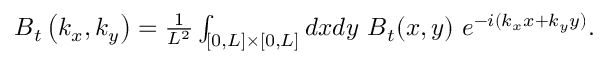
\begin{array} { r } { \boldsymbol { B } _ { t } \left( k _ { x } , k _ { y } \right) = \frac { 1 } { L ^ { 2 } } \int _ { [ 0 , L ] \times [ 0 , L ] } d x d y \ \boldsymbol { B } _ { t } ( x , y ) \ e ^ { - i ( k _ { x } x + k _ { y } y ) } . } \end{array}